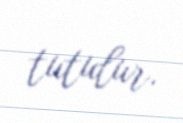
tutulur.